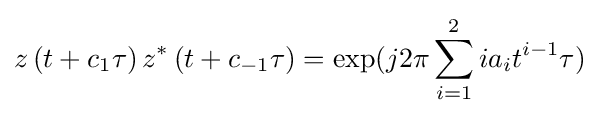
z\left(t+c_{1}\tau \right)z^{*}\left(t+c_{-1}\tau \right)=\exp(j2\pi \sum _{i=1}^{2}ia_{i}t^{i-1}\tau )